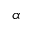
\alpha